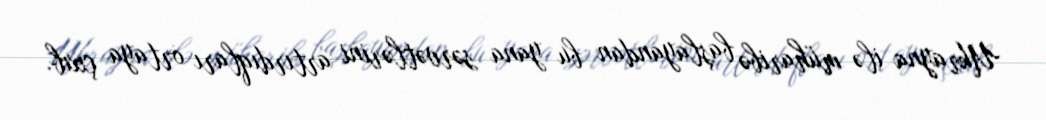
Ukrayna ilə müharibə başlayandan bu yana sərvətlərini artırdıqları ortaya çıxıb.